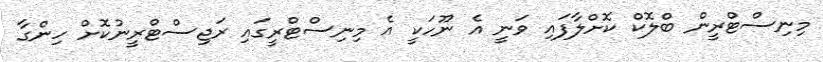
މިނިސްޓްރީން ބްލޮކް ކޮށްލާފައި ވަނީ އެ ނޫހަކީ އެ މިނިސްޓްރީގައި ރަޖިސްޓްރީނުކޮށް ހިންގާ